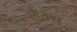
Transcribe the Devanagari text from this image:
लैंक्स